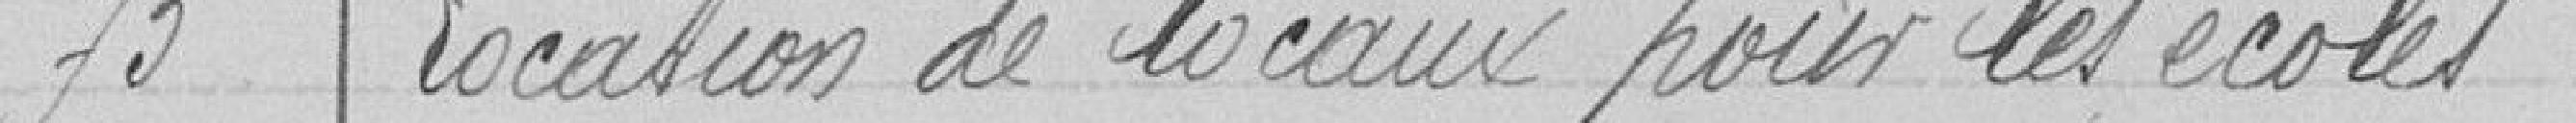
73  Location de locaux pour les écoles